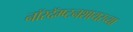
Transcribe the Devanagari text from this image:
नॉरदॅम्प्टनशायरच्या